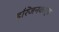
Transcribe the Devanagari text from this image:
हरिजनकार्य